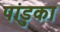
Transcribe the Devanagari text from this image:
पांडुका